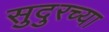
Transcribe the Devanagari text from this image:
सुदुरच्या